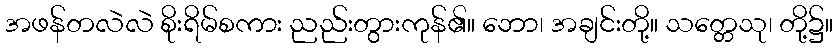
အဖန်တလဲလဲ စိုးရိမ်စကား ညည်းတွားကုန်၏။ ဘော၊ အချင်းတို့။ သတ္တေသု၊ တို့၌။